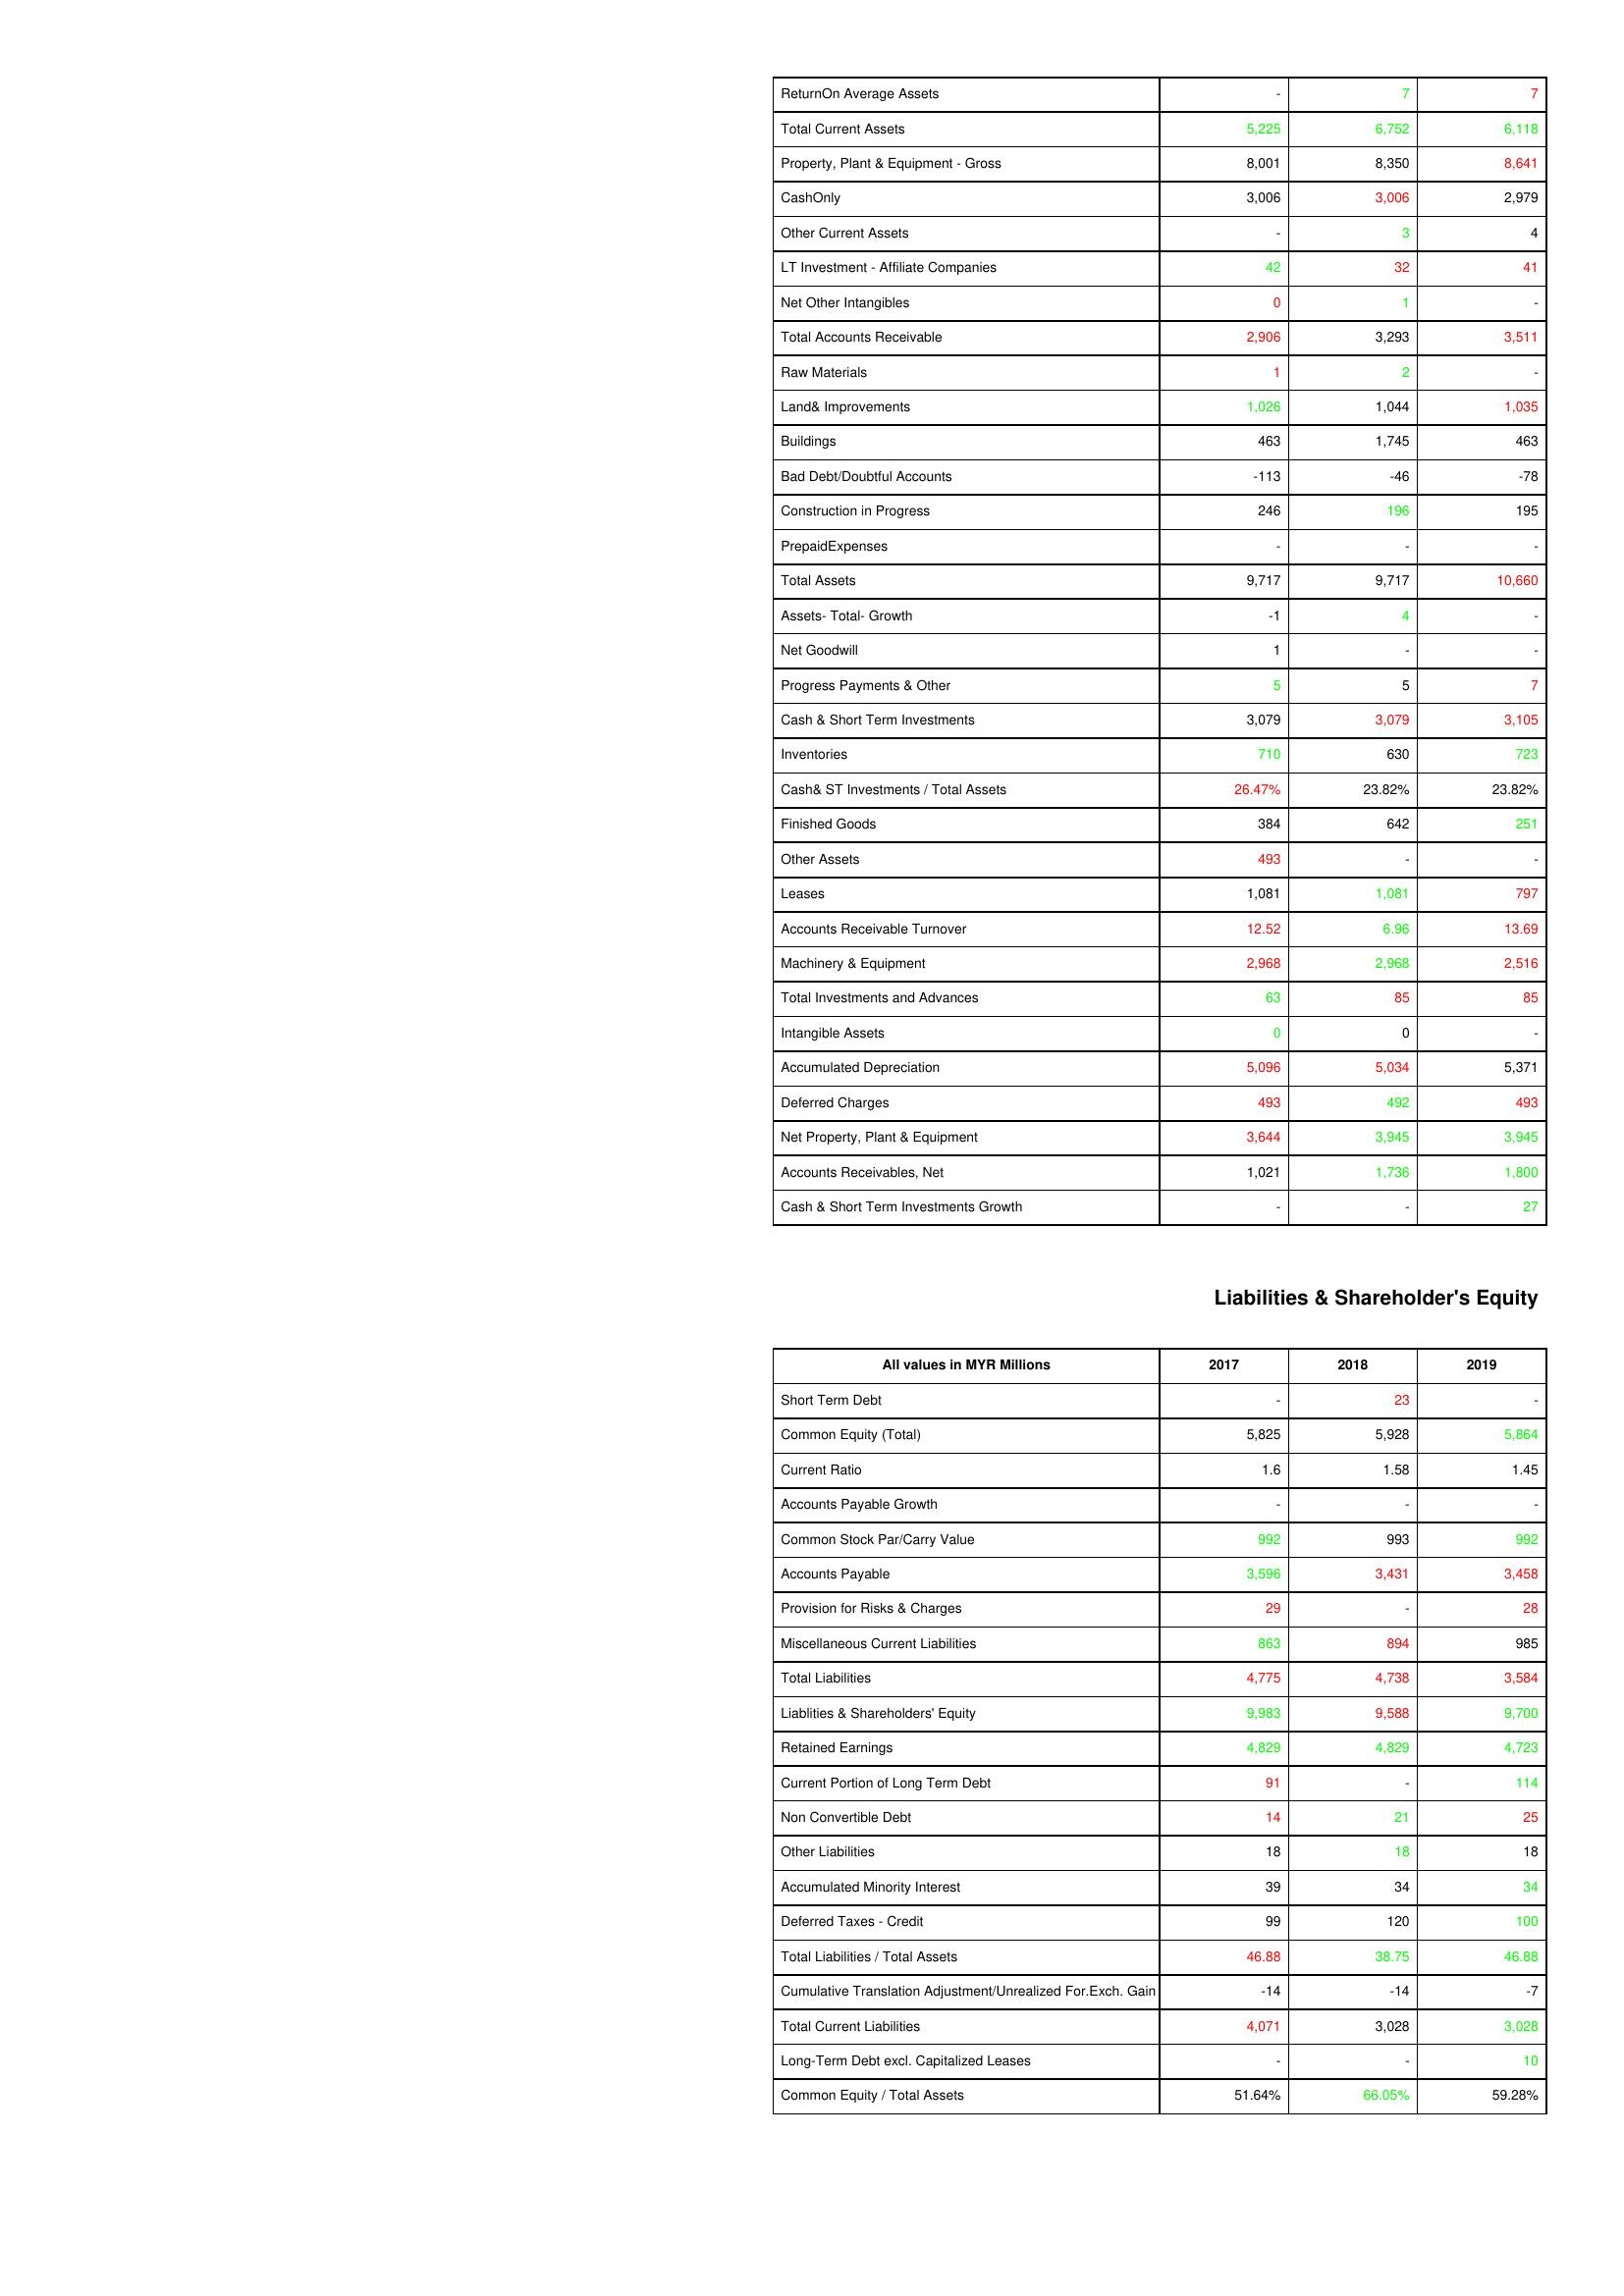
gt_parse: 2017: Assets: ReturnOn Average Assets: -
Total Current Assets: 5,225
Property, Plant & Equipment - Gross : 8,001
CashOnly: 3,006
Other Current Assets: -
LT Investment - Affiliate Companies: 42
Net Other Intangibles: 0
Total Accounts Receivable: 2,906
Raw Materials: 1
Land& Improvements: 1,026
Buildings: 463
Bad Debt/Doubtful Accounts: -113
Construction in Progress: 246
PrepaidExpenses: -
Total Assets: 9,717
Assets- Total- Growth: -1
Net Goodwill: 1
Progress Payments & Other: 5
Cash & Short Term Investments: 3,079
Inventories: 710
Cash& ST Investments / Total Assets: 26.47%
Finished Goods: 384
Other Assets: 493
Leases: 1,081
Accounts Receivable Turnover: 12.52
Machinery & Equipment: 2,968
Total Investments and Advances: 63
Intangible Assets: 0
Accumulated Depreciation: 5,096
Deferred Charges: 493
Net Property, Plant & Equipment: 3,644
Accounts Receivables, Net: 1,021
Cash & Short Term Investments Growth: -
Liabilities & Shareholder's Equity: Short Term Debt: -
Common Equity (Total): 5,825
Current Ratio: 1.6
Accounts Payable Growth: -
Common Stock Par/Carry Value: 992
Accounts Payable: 3,596
Provision for Risks & Charges: 29
Miscellaneous Current Liabilities: 863
Total Liabilities: 4,775
Liablities & Shareholders' Equity: 9,983
Retained Earnings: 4,829
Current Portion of Long Term Debt: 91
Non Convertible Debt: 14
Other Liabilities: 18
Accumulated Minority Interest: 39
Deferred Taxes - Credit: 99
Total Liabilities / Total Assets: 46.88
Cumulative Translation Adjustment/Unrealized For.Exch. Gain: -14
Total Current Liabilities: 4,071
Long-Term Debt excl. Capitalized Leases: -
Common Equity / Total Assets: 51.64%
2018: Assets: ReturnOn Average Assets: 7
Total Current Assets: 6,752
Property, Plant & Equipment - Gross : 8,350
CashOnly: 3,006
Other Current Assets: 3
LT Investment - Affiliate Companies: 32
Net Other Intangibles: 1
Total Accounts Receivable: 3,293
Raw Materials: 2
Land& Improvements: 1,044
Buildings: 1,745
Bad Debt/Doubtful Accounts: -46
Construction in Progress: 196
PrepaidExpenses: -
Total Assets: 9,717
Assets- Total- Growth: 4
Net Goodwill: -
Progress Payments & Other: 5
Cash & Short Term Investments: 3,079
Inventories: 630
Cash& ST Investments / Total Assets: 23.82%
Finished Goods: 642
Other Assets: -
Leases: 1,081
Accounts Receivable Turnover: 6.96
Machinery & Equipment: 2,968
Total Investments and Advances: 85
Intangible Assets: 0
Accumulated Depreciation: 5,034
Deferred Charges: 492
Net Property, Plant & Equipment: 3,945
Accounts Receivables, Net: 1,736
Cash & Short Term Investments Growth: -
Liabilities & Shareholder's Equity: Short Term Debt: 23
Common Equity (Total): 5,928
Current Ratio: 1.58
Accounts Payable Growth: -
Common Stock Par/Carry Value: 993
Accounts Payable: 3,431
Provision for Risks & Charges: -
Miscellaneous Current Liabilities: 894
Total Liabilities: 4,738
Liablities & Shareholders' Equity: 9,588
Retained Earnings: 4,829
Current Portion of Long Term Debt: -
Non Convertible Debt: 21
Other Liabilities: 18
Accumulated Minority Interest: 34
Deferred Taxes - Credit: 120
Total Liabilities / Total Assets: 38.75
Cumulative Translation Adjustment/Unrealized For.Exch. Gain: -14
Total Current Liabilities: 3,028
Long-Term Debt excl. Capitalized Leases: -
Common Equity / Total Assets: 66.05%
2019: Assets: ReturnOn Average Assets: 7
Total Current Assets: 6,118
Property, Plant & Equipment - Gross : 8,641
CashOnly: 2,979
Other Current Assets: 4
LT Investment - Affiliate Companies: 41
Net Other Intangibles: -
Total Accounts Receivable: 3,511
Raw Materials: -
Land& Improvements: 1,035
Buildings: 463
Bad Debt/Doubtful Accounts: -78
Construction in Progress: 195
PrepaidExpenses: -
Total Assets: 10,660
Assets- Total- Growth: -
Net Goodwill: -
Progress Payments & Other: 7
Cash & Short Term Investments: 3,105
Inventories: 723
Cash& ST Investments / Total Assets: 23.82%
Finished Goods: 251
Other Assets: -
Leases: 797
Accounts Receivable Turnover: 13.69
Machinery & Equipment: 2,516
Total Investments and Advances: 85
Intangible Assets: -
Accumulated Depreciation: 5,371
Deferred Charges: 493
Net Property, Plant & Equipment: 3,945
Accounts Receivables, Net: 1,800
Cash & Short Term Investments Growth: 27
Liabilities & Shareholder's Equity: Short Term Debt: -
Common Equity (Total): 5,864
Current Ratio: 1.45
Accounts Payable Growth: -
Common Stock Par/Carry Value: 992
Accounts Payable: 3,458
Provision for Risks & Charges: 28
Miscellaneous Current Liabilities: 985
Total Liabilities: 3,584
Liablities & Shareholders' Equity: 9,700
Retained Earnings: 4,723
Current Portion of Long Term Debt: 114
Non Convertible Debt: 25
Other Liabilities: 18
Accumulated Minority Interest: 34
Deferred Taxes - Credit: 100
Total Liabilities / Total Assets: 46.88
Cumulative Translation Adjustment/Unrealized For.Exch. Gain: -7
Total Current Liabilities: 3,028
Long-Term Debt excl. Capitalized Leases: 10
Common Equity / Total Assets: 59.28%